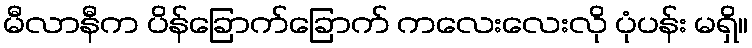
မီလာနီက ပိန်ခြောက်ခြောက် ကလေးလေးလို ပုံပန်း မရှိ။